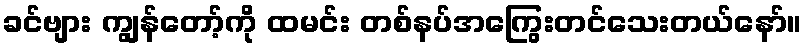
ခင်ဗျား ကျွန်တော့်ကို ထမင်း တစ်နပ်အကြွေးတင်သေးတယ်နော်။